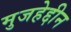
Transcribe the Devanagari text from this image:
मुजहेद्दीन